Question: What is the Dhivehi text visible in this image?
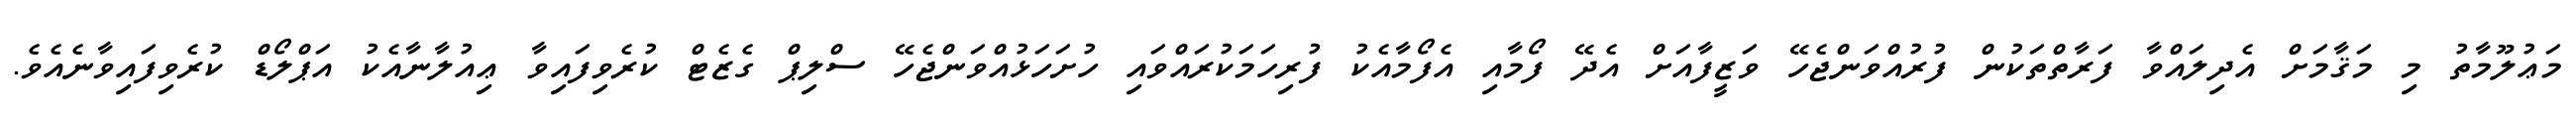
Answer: މަޢުލޫމާތު މި މަޤާމަށް އެދިލައްވާ ފަރާތްތަކުން ފުރުއްވަންޖެހޭ ވަޒީފާއަށް އެދޭ ފޯމާއި އެފޯމާއެކު ފުރިހަމަކުރައްވައި ހުށަހަޅުއްވަންޖެހޭ ސްލިޕް ގެޒެޓް ކުރެވިފައިވާ ޢިއުލާނާއެކު އަޕްލޯޑް ކުރެވިފައިވާނެއެވެ.